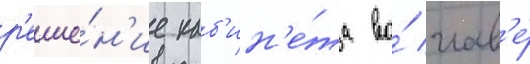
р'еше́н'ие каб'ин'е́та во́ глав'е́